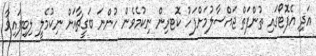
އަދި އެފޮޓޯގައި ތުންފަތް ޖައްސާލުމަށްފަހު ކޮޓރިން ނިކުމެވެން ހުންނަ ބަގީޗާއަށް ނިކުމެލީ ލިބިފައިވާ